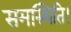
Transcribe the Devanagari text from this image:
समस्थिति।